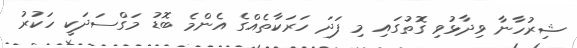
ޝިރުހާނާ ވިދާޅުވި ގޮތުގައި މި ފަދަ ހަރަކާތެއްގެ އެންމެ ބޮޑު މަގްސަދަކީ ހަކުރު